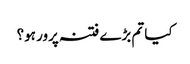
کیا تم بڑے فتنہ پرور ہو؟